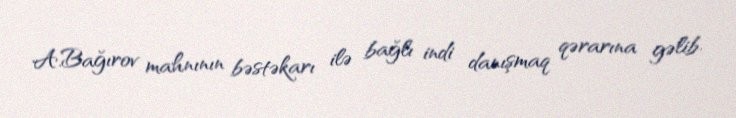
A.Bağırov mahnının bəstəkarı ilə bağlı indi danışmaq qərarına gəlib.